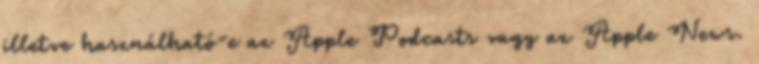
illetve használható-e az Apple Podcasts vagy az Apple News.